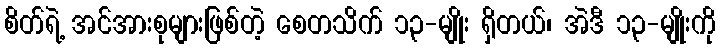
စိတ်ရဲ့ အင်အားစုများဖြစ်တဲ့ စေတသိက် ၁၃-မျိုး ရှိတယ်၊ အဲဒီ ၁၃-မျိုးကို